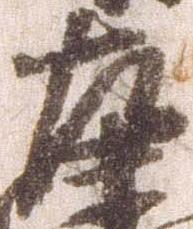
左